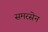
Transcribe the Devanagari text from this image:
समरसेन